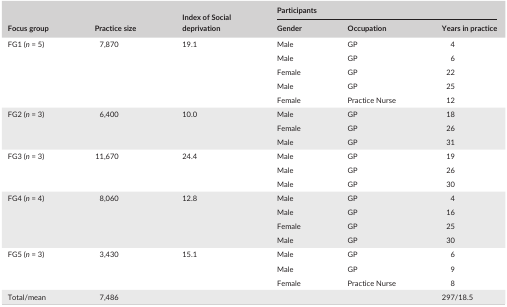
<table><thead><tr><td rowspan="2"><b>Focus group</b></td><td rowspan="2"><b>Practice size</b></td><td rowspan="2"><b>Index of Social deprivation</b></td><td colspan="3"><b>Participants</b></td></tr><tr><td><b>Gender</b></td><td><b>Occupation</b></td><td><b>Years in practice</b></td></tr></thead><tbody><tr><td rowspan="5">FG1 (<i>n</i> = 5)</td><td rowspan="5">7,870</td><td rowspan="5">19.1</td><td>Male</td><td>GP</td><td>4</td></tr><tr><td>Male</td><td>GP</td><td>6</td></tr><tr><td>Female</td><td>GP</td><td>22</td></tr><tr><td>Male</td><td>GP</td><td>25</td></tr><tr><td>Female</td><td>Practice Nurse</td><td>12</td></tr><tr><td rowspan="3">FG2 (<i>n</i> = 3)</td><td rowspan="3">6,400</td><td rowspan="3">10.0</td><td>Male</td><td>GP</td><td>18</td></tr><tr><td>Female</td><td>GP</td><td>26</td></tr><tr><td>Male</td><td>GP</td><td>31</td></tr><tr><td rowspan="3">FG3 (<i>n</i> = 3)</td><td rowspan="3">11,670</td><td rowspan="3">24.4</td><td>Male</td><td>GP</td><td>19</td></tr><tr><td>Male</td><td>GP</td><td>26</td></tr><tr><td>Male</td><td>GP</td><td>30</td></tr><tr><td rowspan="4">FG4 (<i>n</i> = 4)</td><td rowspan="4">8,060</td><td rowspan="4">12.8</td><td>Male</td><td>GP</td><td>4</td></tr><tr><td>Male</td><td>GP</td><td>16</td></tr><tr><td>Female</td><td>GP</td><td>25</td></tr><tr><td>Male</td><td>GP</td><td>30</td></tr><tr><td rowspan="3">FG5 (<i>n</i> = 3)</td><td rowspan="3">3,430</td><td rowspan="3">15.1</td><td>Male</td><td>GP</td><td>6</td></tr><tr><td>Male</td><td>GP</td><td>9</td></tr><tr><td>Female</td><td>Practice Nurse</td><td>8</td></tr><tr><td>Total/mean</td><td>7,486</td><td></td><td></td><td></td><td>297/18.5</td></tr></tbody></table>